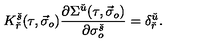
K _ { \check { r } } ^ { \check { s } } ( \tau , \vec { \sigma } _ { o } ) \frac { \partial \Sigma ^ { \check { u } } ( \tau , \vec { \sigma } _ { o } ) } { \partial \sigma _ { o } ^ { \check { s } } } = \delta _ { \check { r } } ^ { \check { u } } .